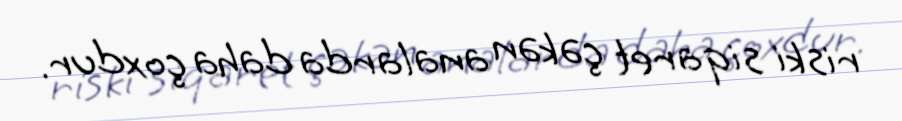
riski siqaret çəkən analarda daha çoxdur.